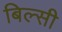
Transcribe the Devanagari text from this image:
बिल्‍सी